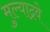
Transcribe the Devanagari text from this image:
मुल्याद्रवे